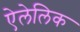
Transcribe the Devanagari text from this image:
ऐलेलिक